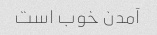
آمدن خوب است